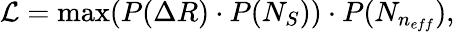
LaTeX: \begin{array}{r}{\mathcal{L}=\operatorname*{max}(P(\Delta R)\cdot P(N_{S}))\cdot P(N_{n_{eff}}),}\end{array}